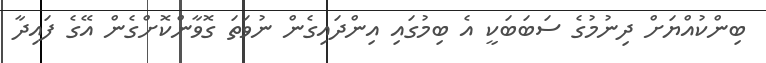
ބިންކުއްޔަށް ދިނުމުގެ ސަބަބަކީ އެ ބިމުގައި އިންދައިގެން ނުވަތަ ގޮވާންކޮށްގެން އޭގެ ފައިދާ